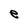
Character: e